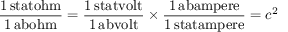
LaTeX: \mathrm { \frac { 1 \, s t a t o h m } { 1 \, a b o h m } } = \mathrm { \frac { 1 \, s t a t v o l t } { 1 \, a b v o l t } } \times \mathrm { \frac { 1 \, a b a m p e r e } { 1 \, s t a t a m p e r e } } = c ^ { 2 }